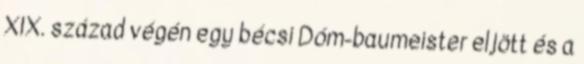
XIX. század végén egy bécsi Dóm-baumeister eljött és a